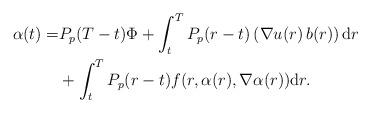
LaTeX: \begin{align*}\alpha(t)=& P_p({T-t})\Phi + \int^T_tP_p({r-t})\left({ \nabla u(r)\,b(r)}\right ) \mathrm d r \\&+\int^T_t P_p({r-t})f(r,\alpha(r),\nabla\alpha(r))\mathrm d r.\end{align*}